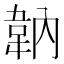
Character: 䪏